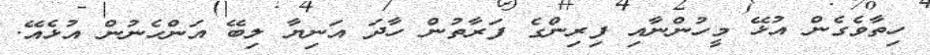
ހިތާވެގެން އުޅޭ މީހުންނާއި ފިރިންގެ ފަރާތުން ހާދަ އަނިޔާ ލިބޭ އަންހެނުން އުޅެއޭ.